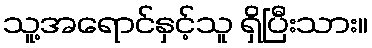
သူ့အရောင်နှင့်သူ ရှိပြီးသား။